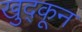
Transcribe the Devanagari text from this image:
खुद्कून